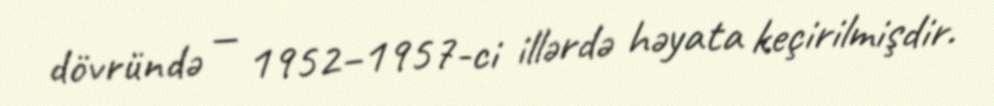
dövründə — 1952–1957-ci illərdə həyata keçirilmişdir.